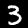
Label: 3